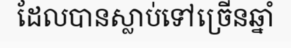
ដែលបានស្លាប់ទៅច្រើនឆ្នាំ